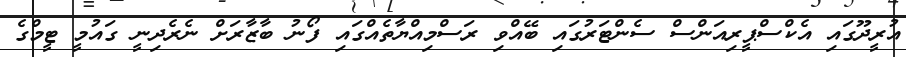
އުރީދޫގައި އެކްސްޕީރިއަންސް ސެންޓަރުގައި ބޭއްވި ރަސްމިއްޔާތެއްގައި ފޯނު ބާޒާރަށް ނެރެދިނީ ގައުމީ ޓީމްގެ